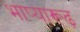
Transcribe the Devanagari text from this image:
भाष्यारूढ़